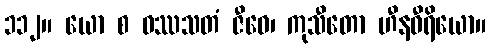
၁၁၂။ ယော စ ဝဿသတံ ဇီဝေ၊ ကုသီတော ဟီနဝီရိယော။